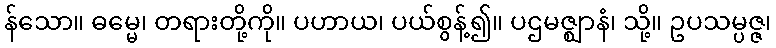
န်သော။ ဓမ္မေ၊ တရားတို့ကို။ ပဟာယ၊ ပယ်စွန့်၍။ ပဌမဇ္ဈာနံ၊ သို့။ ဥပသမ္ပဇ္ဇ၊